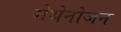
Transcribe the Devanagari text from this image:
मेथेनोजन